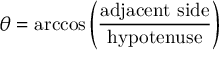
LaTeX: \theta = \operatorname { a r c c o s } \left( { \frac { \mathrm { a d j a c e n t ~ s i d e } } { \mathrm { h y p o t e n u s e } } } \right)